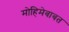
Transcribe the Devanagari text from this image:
मोहिमेबाबत